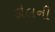
કૌલની